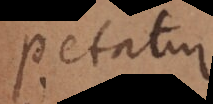
petatur.